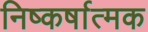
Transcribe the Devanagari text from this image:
निष्कर्षात्मक